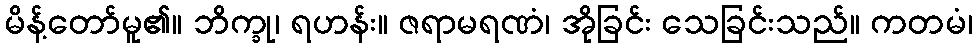
မိန့်တော်မူ၏။ ဘိက္ခု၊ ရဟန်း။ ဇရာမရဏံ၊ အိုခြင်း သေခြင်းသည်။ ကတမံ၊